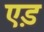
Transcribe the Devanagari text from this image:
ए़ड